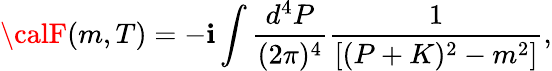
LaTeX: {\calF}(m,T)=-\mathbf{i}\int\frac{{d^{4}P}}{{(2\pi)^{4}}}\frac{{1}}{{[(P+K)^{2}-m^{2}]}},